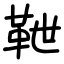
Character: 靾